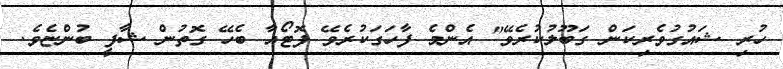
ހުރި ޝައުގުވެރިކަން ގަބޫލުކުރެވޭ" އެންމެ ފާހަގަކުރެވޭ ފޮޓޯއާ ބެހޭ ގޮތުން ޝާފީ ބުންޏެވެ.